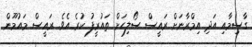
ގާސިމާއި އަދި އިމްރާނަށް ރައީސް ސޯލިހަށް ތައުރީފު ކުރެ އެވެ. ރައީސް މައުމޫން